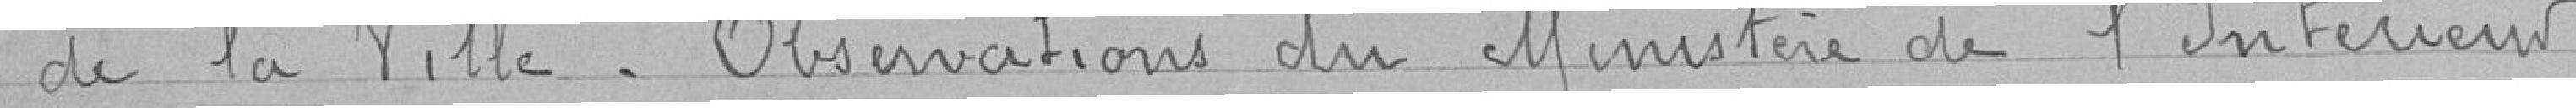
de la Ville - Observation du Ministère de l'Intérieur